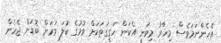
އެހެންނަމަވެސް މިހާރު މިވަނީ އެކަން ހަގީގަތަކަށް ވުމުގެ ކުލަ ވަރަށް ބޮޑަށް ޖެހެން